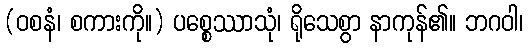
(ဝစနံ၊ စကားကို။) ပစ္စေဿာသုံ၊ ရိုသေစွာ နာကုန်၏။ ဘဂဝါ၊